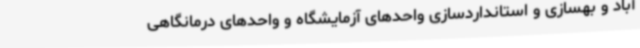
آباد و بهسازی و استانداردسازی واحدهای آزمایشگاه و واحدهای درمانگاهی